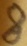
Text: 8